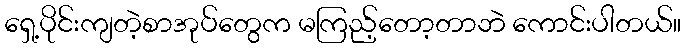
ရှေ့ပိုင်းကျတဲ့စာအုပ်တွေက မကြည့်တော့တာဘဲ ကောင်းပါတယ်။